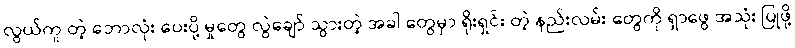
လွယ်ကူ တဲ့ ဘောလုံး ပေးပို့ မှုတွေ လွဲချော် သွားတဲ့ အခါ တွေမှာ ရိုးရှင်း တဲ့ နည်းလမ်း တွေကို ရှာဖွေ အသုံး ပြုဖို့